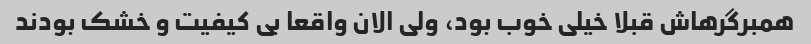
همبرگرهاش قبلا خیلی خوب بود، ولی الان واقعا بی کیفیت و خشک بودند